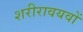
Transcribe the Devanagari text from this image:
शरीरावयवों